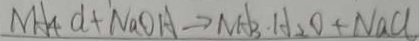
M H _ { 4 } d + N a O A \rightarrow N A _ { 3 } \cdot H _ { 2 } O + N a C l